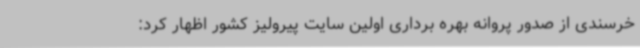
خرسندی از صدور پروانه بهره برداری اولین سایت پیرولیز کشور اظهار کرد: